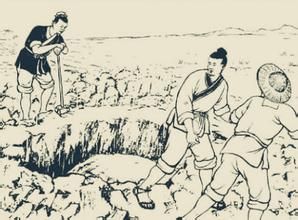
求之有道，得之有命，是求无益于得也，求在外者也。